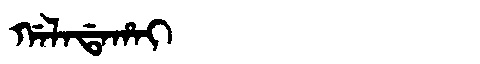
Manchu: ᡤᠠᠯᠠᡩᠠᡥᠠᡳ
Romanization: GALADAHAI